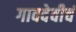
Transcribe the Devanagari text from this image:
गावदेवीचं